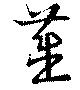
藎